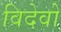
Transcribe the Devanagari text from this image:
विदेवो